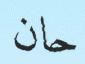
حان